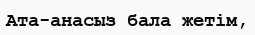
Ата-анасыз бала жетім,